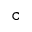
\mathtt { c }